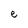
Character: e